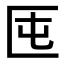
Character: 𠤲